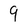
Character: 9